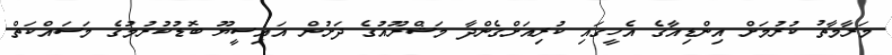
މަރާމާތު ކުރުމަށް އިންޑިއާގެ އެހީގައި ކުރިއަށްގެންދާ މަޝްރޫއުގެ ދަށުން އައިސީޔޫ ބޮޑުކުރުމުގެ މަސައްކަތް